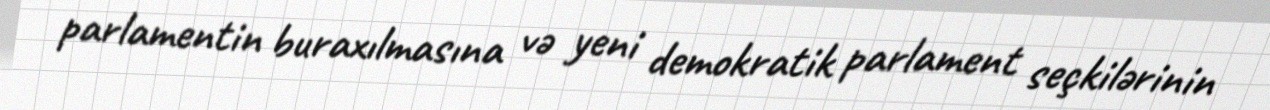
parlamentin buraxılmasına və yeni demokratik parlament seçkilərinin